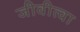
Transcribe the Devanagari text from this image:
जीवीत्वा